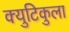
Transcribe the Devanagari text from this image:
क्युटिकुला